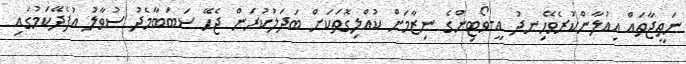
ނަތީޖާތައް އިއުލާންކުރެވޭހިނދު އީ-ވޯޓިންގެ ނިޒާމަށް ކުއްލިގޮތަކަށް ބަދަލުކުރަން ޖެހޭ ސަބަބާމެދު ސުވާލު އުފެދޭކަމުގައި